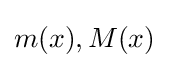
m(x),M(x)